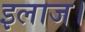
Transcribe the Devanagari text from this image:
इलाज।